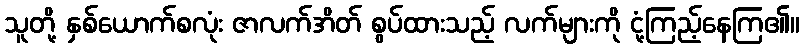
သူတို့ နှစ်ယောက်စလုံး ဇာလက်အိတ် စွပ်ထားသည့် လက်များကို ငုံ့ကြည့်နေကြ၏။